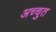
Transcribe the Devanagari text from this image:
अच्चुत